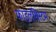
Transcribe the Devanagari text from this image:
फाइलसिस्टम